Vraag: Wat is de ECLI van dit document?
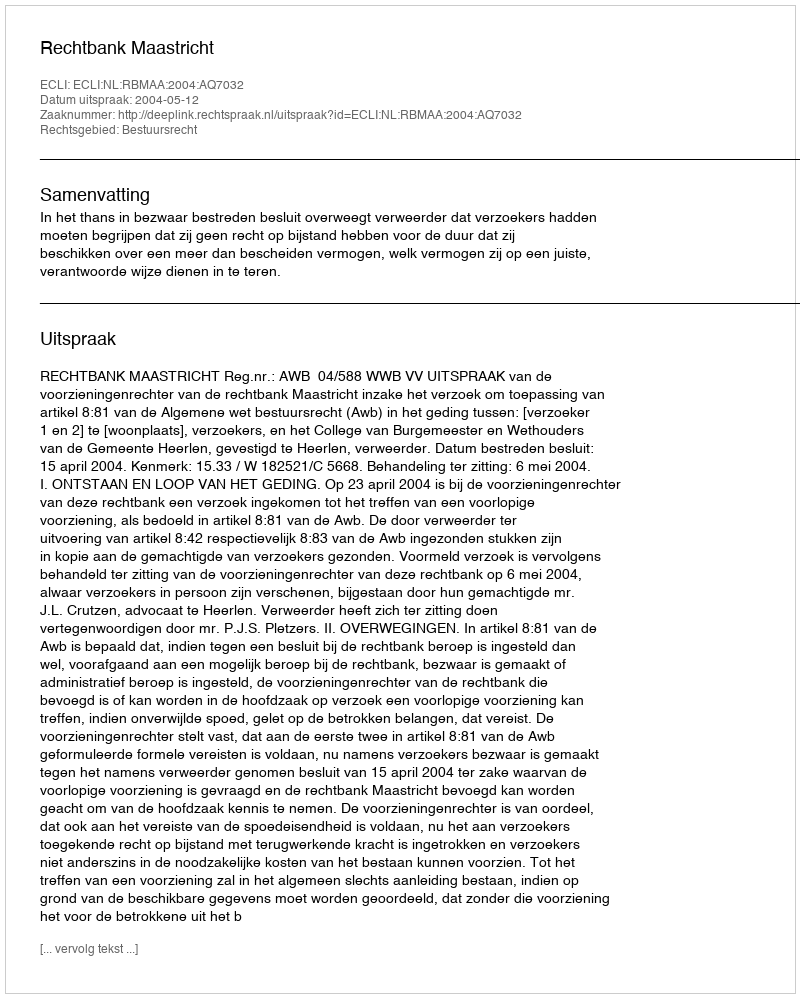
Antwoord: ECLI:NL:RBMAA:2004:AQ7032